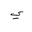
Letter: _ya